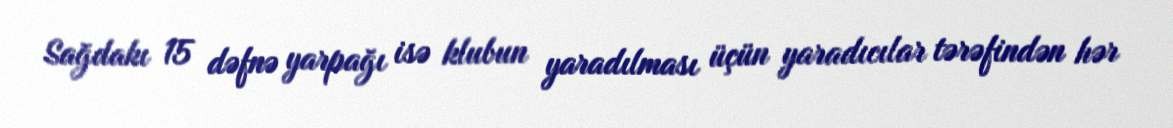
Sağdakı 15 dəfnə yarpağı isə klubun yaradılması üçün yaradıcılar tərəfindən hər